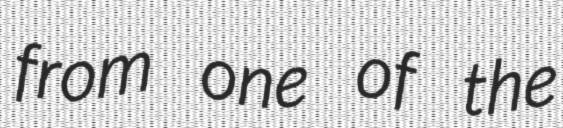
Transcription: from one of the